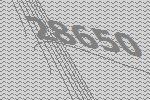
28650